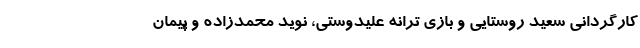
کارگردانی سعید روستایی و بازی ترانه علیدوستی، نوید محمدزاده و پیمان